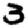
Digit: 3